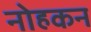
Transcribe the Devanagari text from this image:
नोहकन